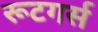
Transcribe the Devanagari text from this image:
रूटगर्स